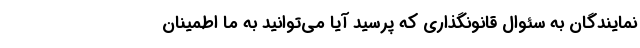
نمایندگان به سئوال قانونگذاری که پرسید آیا می‌توانید به ما اطمینان